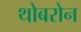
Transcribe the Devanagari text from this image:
थोबरोन